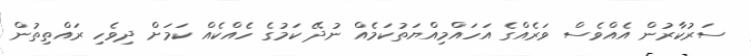
ސަރުކާރުން އެއްވެސް ވަރެއްގެ އަހައްމިއްޔަތުކަމެއް ނުދޭ ކަމުގެ ހެއްކެއް ކަމަށް ދިވެހި ރައްތިތުން